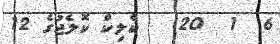
6  1  20   ކްލިކް ކޮލެޖުގެ 12